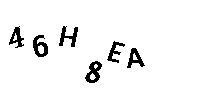
46H8EA